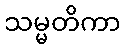
သမ္မတိကာ